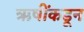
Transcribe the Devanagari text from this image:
ऋषींकडून